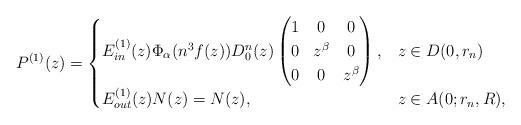
LaTeX: \begin{align*}P^{(1)}(z) = \begin{cases} E_{in}^{(1)}(z) \Phi_{\alpha}(n^3 f(z))D_0^n(z) \begin{pmatrix} 1 & 0 & 0 \\ 0 & z^{\beta} & 0 \\0 & 0 & z^{\beta} \end{pmatrix},& z \in D(0,r_n) \\E_{out}^{(1)}(z) N(z) = N(z), & z \in A(0; r_n, R),\end{cases}\end{align*}